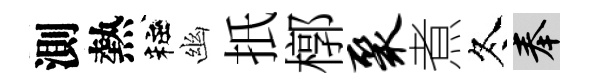
測熱粧幽扺槨聚煮冬奉